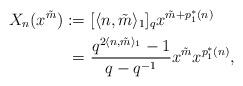
LaTeX: \begin{align*}X_n(x^{\tilde m}):= &\ [\langle n,\tilde m \rangle_1]_qx^{\tilde m +p_1^*(n)}\\=&\ \frac{q^{2\langle n,\tilde m \rangle_1}-1}{q-q^{-1}}x^{\tilde m} x^{p_1^*(n)},\end{align*}